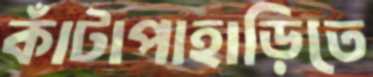
কাঁটাপাহাড়িতে